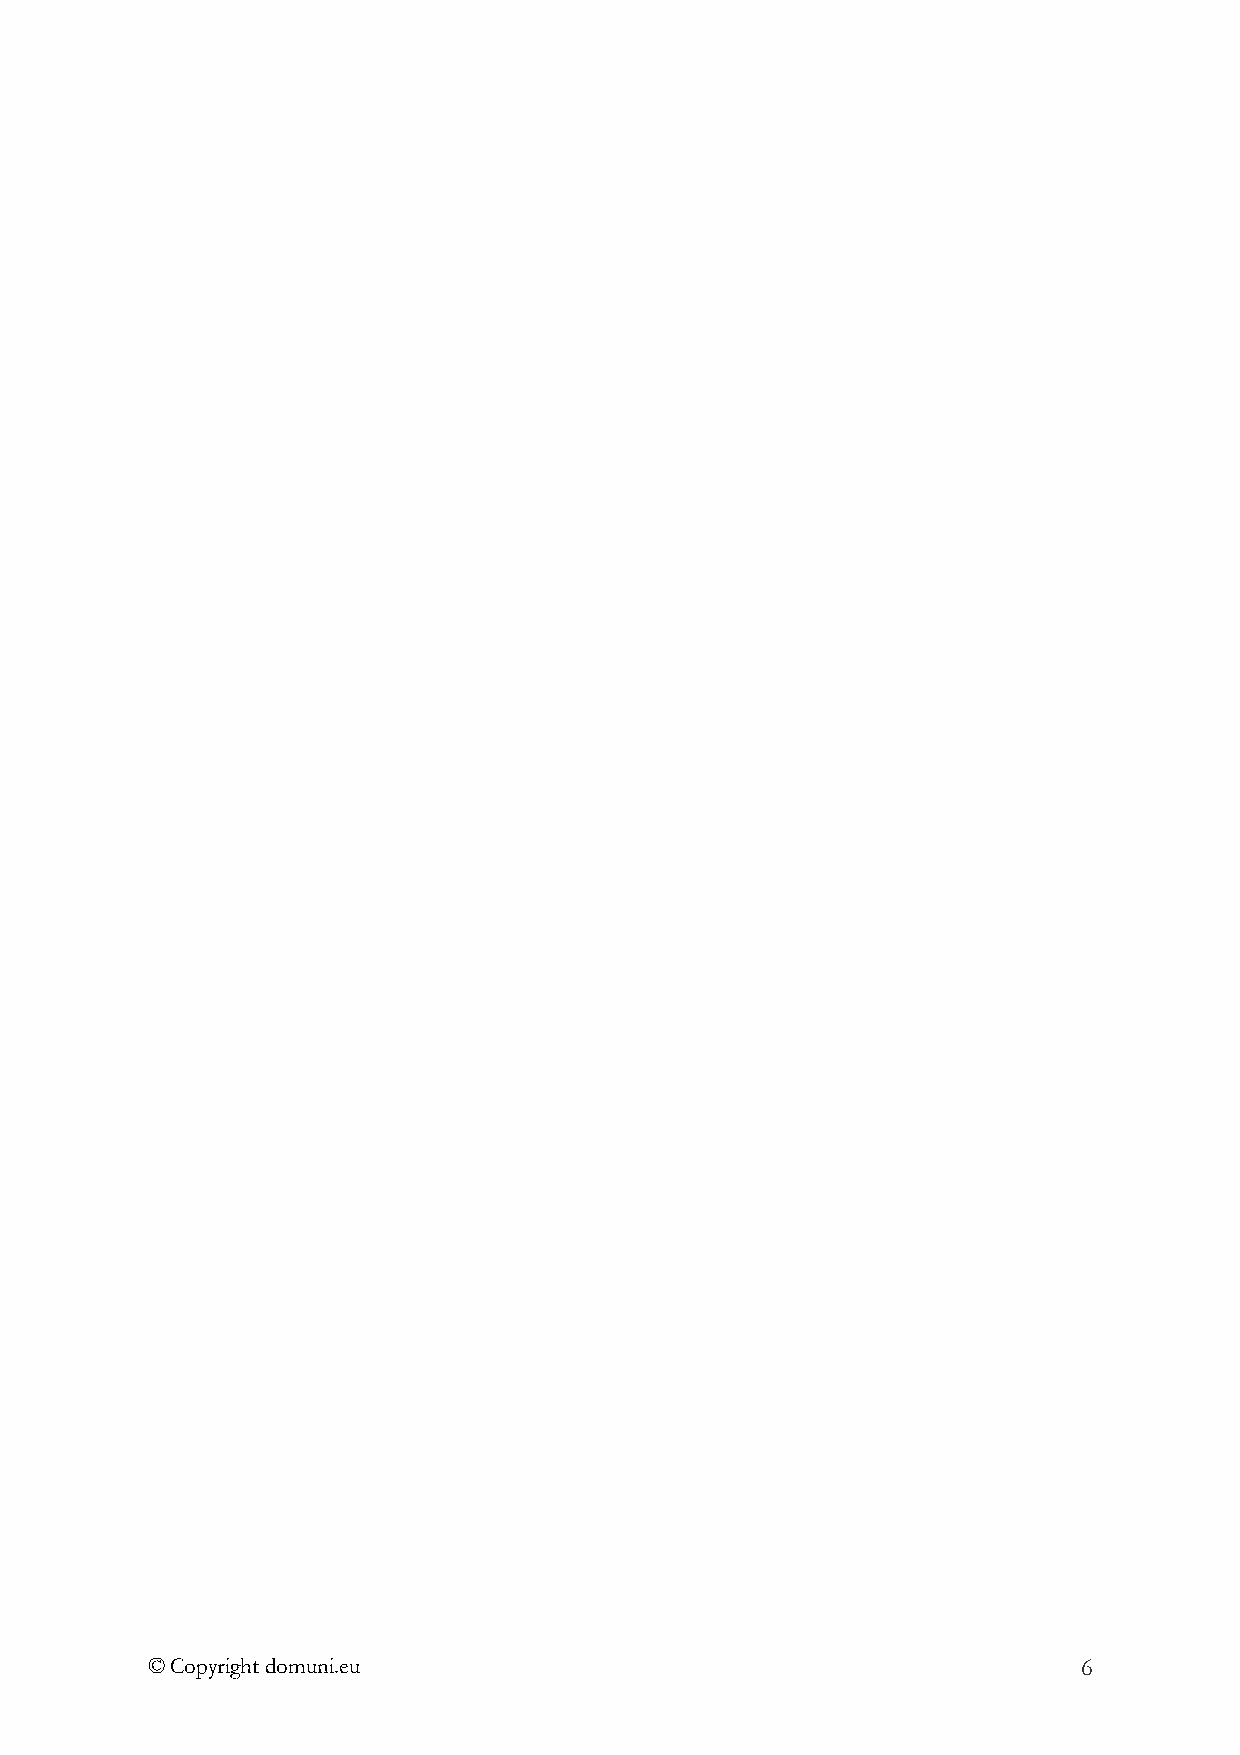
© Copyright domuni.eu                                         6